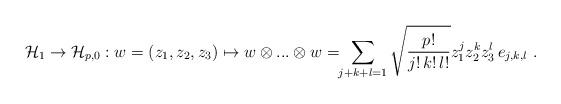
LaTeX: \begin{align*} \mathcal H_1 \to \mathcal H_{p,0}: w = (z_1,z_2,z_3) \mapsto w\otimes...\otimes w =\!\!\sum_{j+k+l=1}\sqrt{\dfrac{p!}{j!\,k!\,l!}}z_1^jz_2^kz_3^l \, e_{j,k,l} \ .\end{align*}